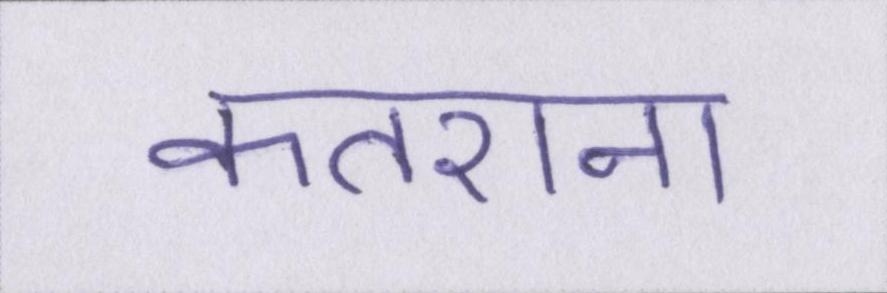
कतराना